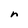
Character: n